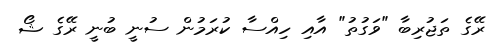
ރޭގެ ތަޖުރިބާ "ވަގުތު" އާއި ހިއްސާ ކުރަމުން ސުނީ ބުނީ ރޭގެ ޝޯ